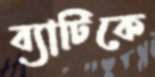
ব্যাটিকে